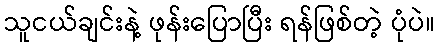
သူငယ်ချင်းနဲ့ ဖုန်းပြောပြီး ရန်ဖြစ်တဲ့ ပုံပဲ။